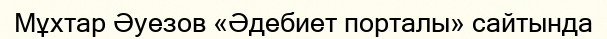
Мұхтар Әуезов «Әдебиет порталы» сайтында